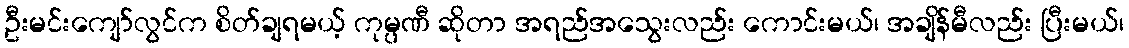
ဦးမင်းကျော်လွင်က စိတ်ချရမယ့် ကုမ္ပဏီ ဆိုတာ အရည်အသွေးလည်း ကောင်းမယ်၊ အချိန်မီလည်း ပြီးမယ်၊